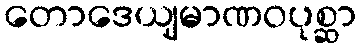
တောဒေယျမာဏဝပုစ္ဆာ